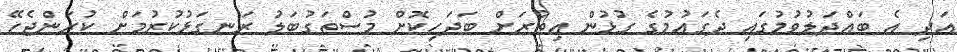
އަދި އެ ބައްދަލުވުމުގައި ދެގައުމުގެ ގުޅުން އިތުރަށް ބަދަހިކޮށް މުސްތަގުބަލު ރަނގަޅުކުރުމަށް ކުރަންޖެހޭ